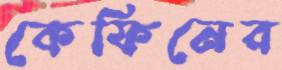
কেফিনের